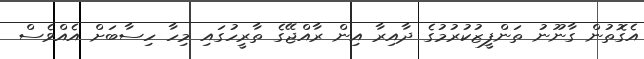
އެގޮތުން ގާނޫނު ތަންފީޒުކުރުމުގެ ދާއިރާ އިން ރާއްޖޭގެ ތާރީހުގައި މިހާ ހިސާބަށް އެއްވެސް